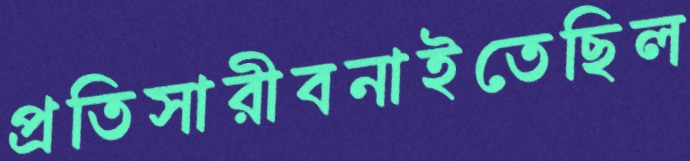
প্রতিসারীবনাইতেছিল